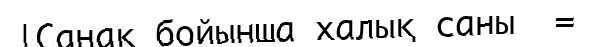
|Санақ бойынша халық саны  =